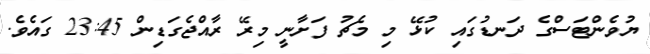
ޔުވެންޓަސްގެ ދަނޑުގައި ކުޅޭ މި މެޗު ފަށާނީ މިރޭ ރާއްޖެގަޑިން 23:45 ގައެވެ.